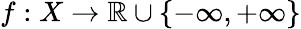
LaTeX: f:X\to\mathbb{R}\cup\{ -\infty,+\infty\}